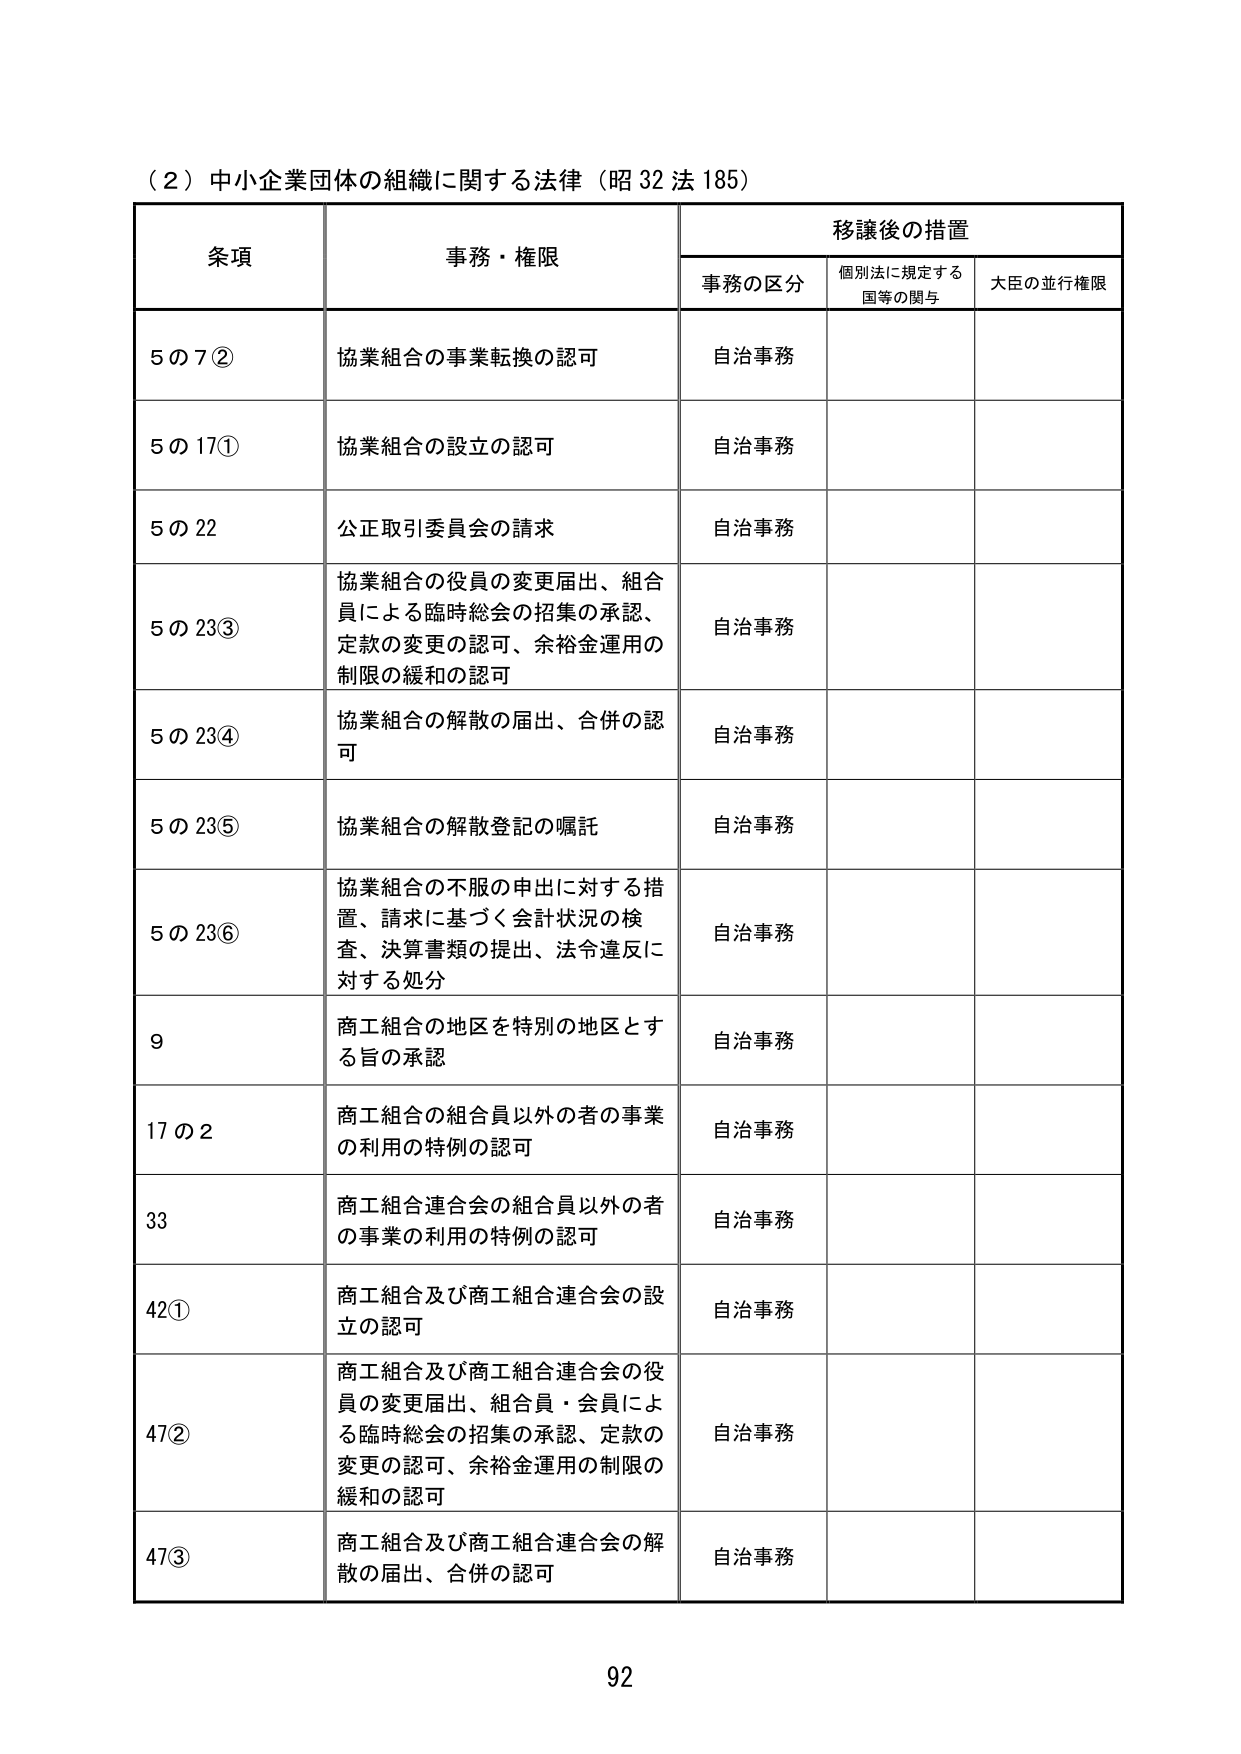
（2）中小企業団体の組織に関する法律（昭32法185）

条項 事務・権限 移譲後の措置
　　事務の区分 個別法に規定する国等の関与 大臣の並行権限

5の7② 協業組合の事業転換の認可 自治事務

5の17① 協業組合の設立の認可 自治事務

5の22 公正取引委員会の請求 自治事務

5の23③ 協業組合の役員の変更届出、組合員による臨時総会の招集の承認、定款の変更の認可、余裕金運用の制限の緩和の認可 自治事務

5の23④ 協業組合の解散の届出、合併の認可 自治事務

5の23⑤ 協業組合の解散登記の嘱託 自治事務

5の23⑥ 協業組合の不服の申出に対する措置、請求に基づく会計状況の検査、決算書類の提出、法令違反に対する処分 自治事務

9 商工組合の地区を特別の地区とする旨の承認 自治事務

17の2 商工組合の組合員以外の者の事業の利用の特例の認可 自治事務

33 商工組合連合会の組合員以外の者の事業の利用の特例の認可 自治事務

42① 商工組合及び商工組合連合会の設立の認可 自治事務

47② 商工組合及び商工組合連合会の役員の変更届出、組合員・会員による臨時総会の招集の承認、定款の変更の認可、余裕金運用の制限の緩和の認可 自治事務

47③ 商工組合及び商工組合連合会の解散の届出、合併の認可 自治事務

92